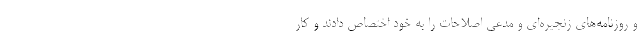
و روزنامه‌های زنجیره‌ای و مدعی اصلاحات را به خود اختصاص دادند و کار